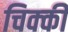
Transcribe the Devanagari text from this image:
चिक्‍की